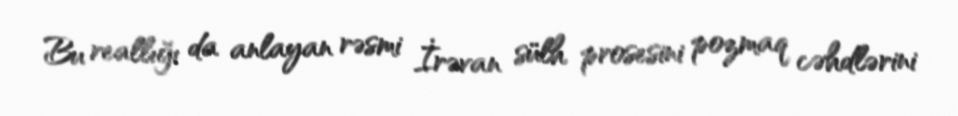
Bu reallığı da anlayan rəsmi İrəvan sülh prosesini pozmaq cəhdlərini